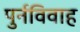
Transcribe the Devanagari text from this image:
पुर्नविवाह